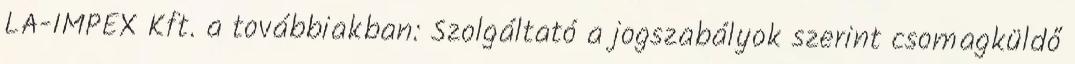
LA-IMPEX Kft. a továbbiakban: Szolgáltató a jogszabályok szerint csomagküldő